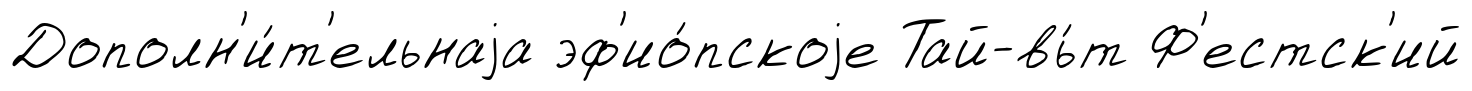
Дополн'и́т'ельнаjа эф'ио́пскоjе Тай-вь́т Ф'естск'ий